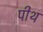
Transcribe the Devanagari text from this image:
पीथ